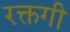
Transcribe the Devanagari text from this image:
रक्तगी